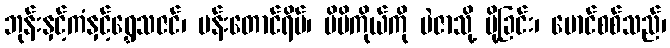
ဘုန်းနှင့်ကံနှင့်ရွှေသဇင်၊ မန်းတောင်ရိပ်၊ မိမိကိုယ်ကို မဲဇာသို့ ပို့ခြင်း၊ မောင်စစ်သည်၊